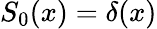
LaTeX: S_{0}(x)=\delta(x)